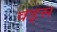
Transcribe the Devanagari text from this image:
वड्स